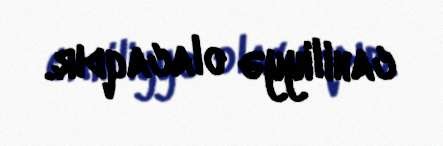
cahiliyyə olacaqdır.